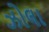
ઝોલા